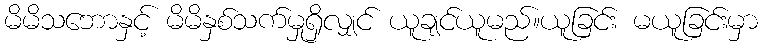
မိမိသဘောနှင့် မိမိနှစ်သက်မှုရှိလျှင် ယူချင်ယူမည်။ယူခြင်း မယူခြင်းမှာ